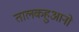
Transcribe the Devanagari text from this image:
तालकहुआनो